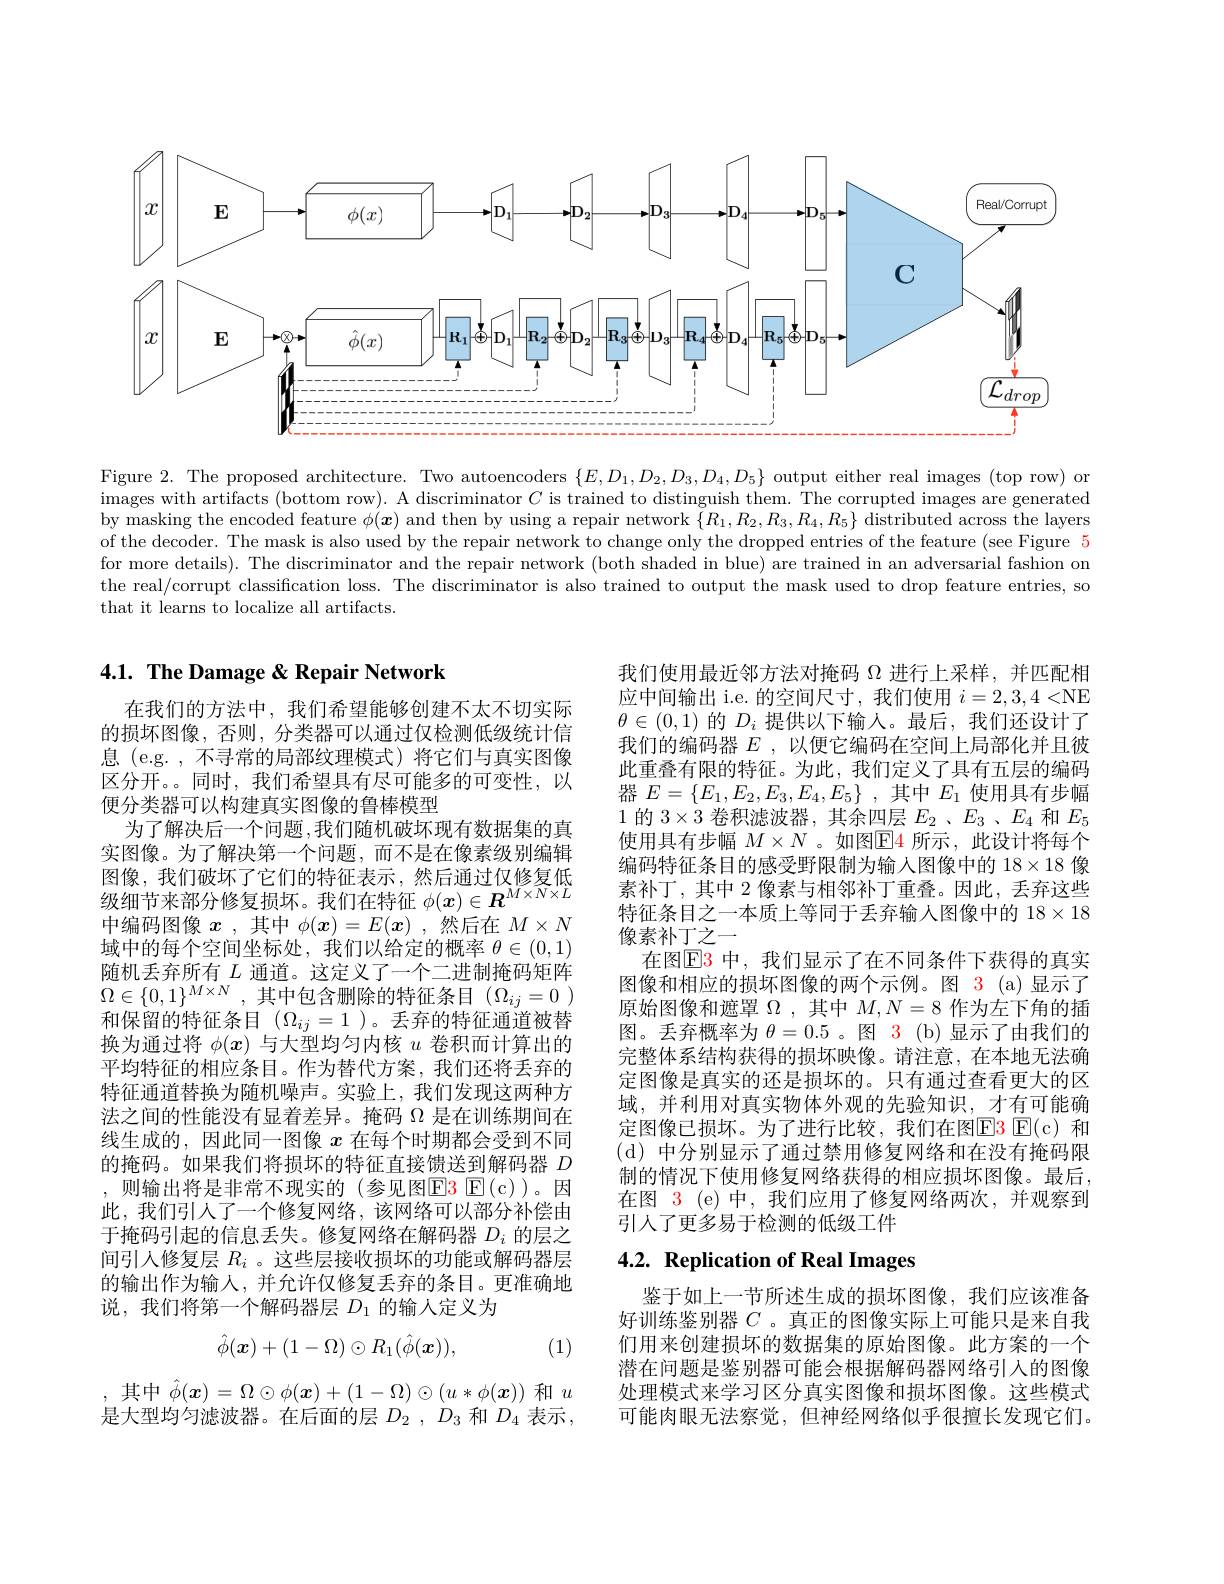
<FigureHere>

Figure 2. The proposed architecture. Two autoencoders $\{E,D_1,D_2,D_3,D_4,D_5\}$ output either real images (top row) or images with artifacts ( bottom row) . A discriminator $C$ is trained to distinguish them. The corrupted images are generated images with artifacts ( bottom row) . A discriminator $C$ is trained to distinguish them. The c orrupted images are generated by masking the encoded feature $\phi(\boldsymbol{x})$ and then by using a repair network $\{R_1,R_2,R_3,R_4,R_5\}$ distributed across the layers of the decoder. The mask is also used by the repair network to change only the dropped entries of the feature (see Figure 5 for more details). The discriminator and the repair network (both shaded in blue) are trained in an adversarial fashion on the real/corrupt classification loss. The discriminator is also trained to output the mask used to drop feature entries, so that it learns to localize all artifacts.

## 4.1. The Damage & Repair Network

我们使用最近邻方法对掩码$\Omega$进行上采样，并匹配相应中间输出 i.e. 的空间尺寸，我们使用$i=2,3,4<$NE $\theta\in(0,1)$的$D_i$提供以下输人。最后，我们还设计了我们的编码器$E$ ,以便它编码在空间上局部化并且彼此重叠有限的特征。为此，我们定义了具有五层的编码器$E= \{ E_1, E_2, E_3, E_4, E_5\}$ ,其中$E_1$使用具有步幅1的$3\times3$卷积滤波器，其余四层$E_2$ 、$E_3$ 、$E_4$和$E_5$ 使用具有步幅 $M\times N$ 。如图$\boxed{\mathrm{E}}4$ 所示，此设计将每个编码特征条目的感受野限制为输入图像中的$18\times18$像素补丁，其中 2 像素与相邻补丁重叠。因此，丢弃这些特征条目之一本质上等同于丢弃输人图像中的$18\times18$ 像素补丁之一
在图$\mathbb{E}$3 中，我们显示了在不同条件下获得的真实图像和相应的损坏图像的两个示例。图 3 (a)显示了原始图像和遮罩$\Omega$ ,其中$M,N=8$作为左下角的插图。丢弃概率为$\theta=0.5$ 。图 3(b)显示了由我们的完整体系结构获得的损坏映像。请注意，在本地无法确定图像是真实的还是损坏的。只有通过查看更大的区域，并利用对真实物体外观的先验知识，才有可能确定图像已损坏。为了进行比较，我们在图$\color{red}{\mathrm{F3~E(c)}}$ 和(d)中分别显示了通过禁用修复网络和在没有掩码限制的情况下使用修复网络获得的相应损坏图像。最后， 在图 3 (e) 中，我们应用了修复网络两次，并观察到引人了更多易于检测的低级工件

在我们的方法中，我们希望能够创建不太不切实际的损坏图像，否则，分类器可以通过仅检测低级统计信息 (e.g. , 不寻常的局部纹理模式)将它们与真实图像区分开。。同时，我们希望具有尽可能多的可变性，以便分类器可以构建真实图像的鲁棒模型
为了解决后一个问题，我们随机破坏现有数据集的真实图像。为了解决第一个问题，而不是在像素级别编辑图 像 , 我 们 破 坏 了 它 们 的 特 征 表 示 , 然 后 通 过 仅 修 复 低 级 细 节 来 部 分 修 复 损 坏 。我 们 在 特 征 $\phi ( \boldsymbol{x}) \in \boldsymbol{R}^{M\times N\times L}$ 由 绾 础 图 侮 $x$ 甘 由 $\phi ( \boldsymbol{x}) - F( \boldsymbol{x})$ 狱 后 在 $M\times N$ 中编码图像$x$ ,其中$\phi(x)=E(x)$ ,然后在$M\times N$ 域中的每个空间坐标处，我们以给定的概率$\theta\in(0,1)$ 随机丢弃所有$L$通道。这定义了一个二进制掩码矩阵$\Omega\in\{0,1\}^{M\times N}$,其中包含删除的特征条目$(\Omega_ij=0)$ 和保留的特征条目$(\Omega_{ij}=1$ )。丢弃的特征通道被替换为通过将$\phi(x)$与大型均匀内核$u$卷积而计算出的平均特征的相应条目。作为替代方案，我们还将丢弃的特征通道替换为随机噪声。实验上，我们发现这两种方法之间的性能没有显着差异。掩码$\Omega$是在训练期间在线生成的，因此同一图像$x$在每个时期都会受到不同的掩码。如果我们将损坏的特征直接馈送到解码器$D$ , 则输出将是非常不现实的(参见图$\color{red}{E}\color{red}{3}$ E$(\mathfrak{c})$)。因此，我们引人了一个修复网络，该网络可以部分补偿由于掩码引起的信息丢失。修复网络在解码器$D_i$的层之间引人修复层$R_i$ 。这些层接收损坏的功能或解码器层的输出作为输入，并允许仅修复丢弃的条目。更准确地说，我们将第一个解码器层$D_1$的输人定义为
$$\hat{\phi}(\boldsymbol{x})+(1-\Omega)\odot R_1(\hat{\phi}(\boldsymbol{x})),$$
# 4.2. Replication of Real Images

(1)

鉴于如上一节所述生成的损坏图像，我们应该准备好训练鉴别器$C$ 。真正的图像实际上可能只是来自我们用来创建损坏的数据集的原始图像。此方案的一个潜在问题是鉴别器可能会根据解码器网络引入的图像处理模式来学习区分真实图像和损坏图像。这些模式可能肉眼无法察觉，但神经网络似乎很擅长发现它们。
$$i(\boldsymbol{x})\:=\:\Omega\odot\phi(\boldsymbol{x})+(1-\Omega)\odot(u*\phi($$
是大型均匀滤波器。在后面的层$D_{2}$ , $D_{3}$和$D_{4}$表示，